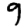
Digit: 9